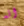
انه